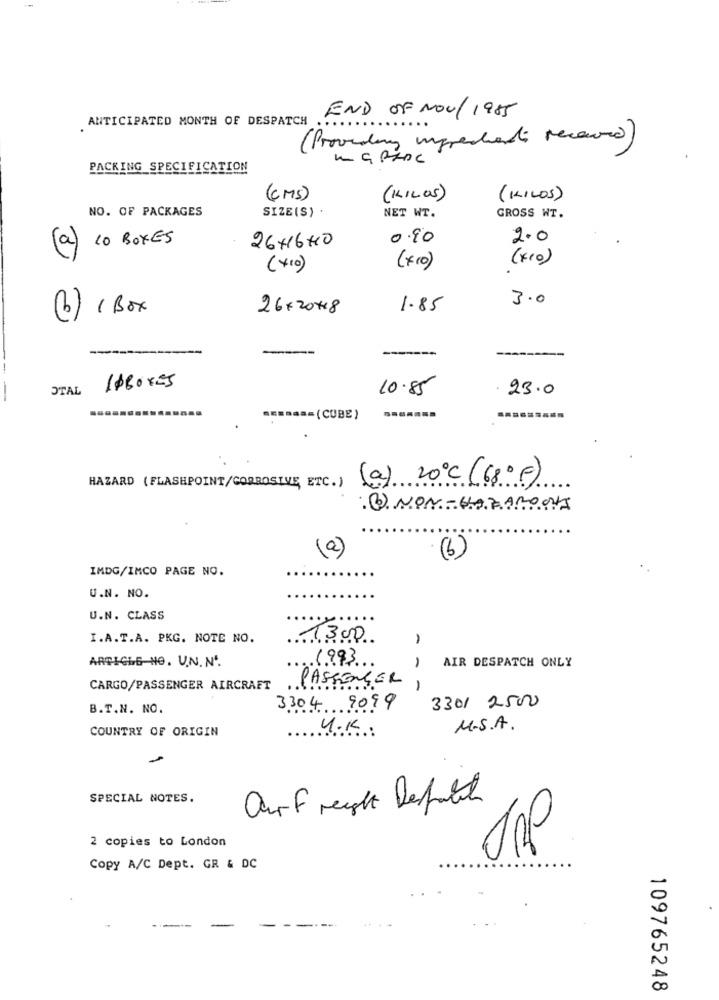
ANTICIPATED MONTH OF DESPATCH
END OF NOV/1985
(Providing ingredients received)
PACKING SPECIFICATION
(MS)
(KILOS)
(KILOS)
NO. OF PACKAGES
SIZE(S) .
NET WT.
GROSS WT.
10 BOXES
26+16HO
0.90
2.0
(a)
(x10)
(+10)
(x10)
3.0
(b) 1 Box
26x2048
1.85
--
---
---
STAL
10BOXES
10.85
23.0
== (CUBE)
HAZARD (FLASHPOINT/CORROSIVE, ETC.) (a) 20℃ (68ºF)
B) NON-HORAROCHA
(2)
(b)
IMDG/IMCO PAGE NO.
U.N. NO.
U.N. CLASS
I.A.T.A. PKG. NOTE NO.
1300
-
ARTICLE NO. U.N. Nº.
1993
-
AIR DESPATCH ONLY
CARGO/PASSENGER AIRCRAFT
PASSENGER
-
3301 2500
B.T.N. NO.
3304 9099
COUNTRY OF ORIGIN
U.K.
M.S.A.
SPECIAL NOTES.
Orf regole Depatch
2 copies to London
Copy A/C Dept. GR & DC
109765248